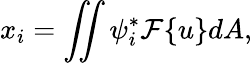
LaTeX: x_{i}=\iint\psi_{i}^{*}\mathcal{F}\{ u\} dA,